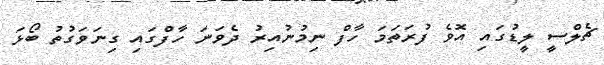
ޗެލްސީ ލީޑުގައި އޮވެ ފުރަތަމަ ހާފް ނިމުނުއިރު ދެވަނަ ހާފްގައި ގިނަވަގުތު ބޯޅަ